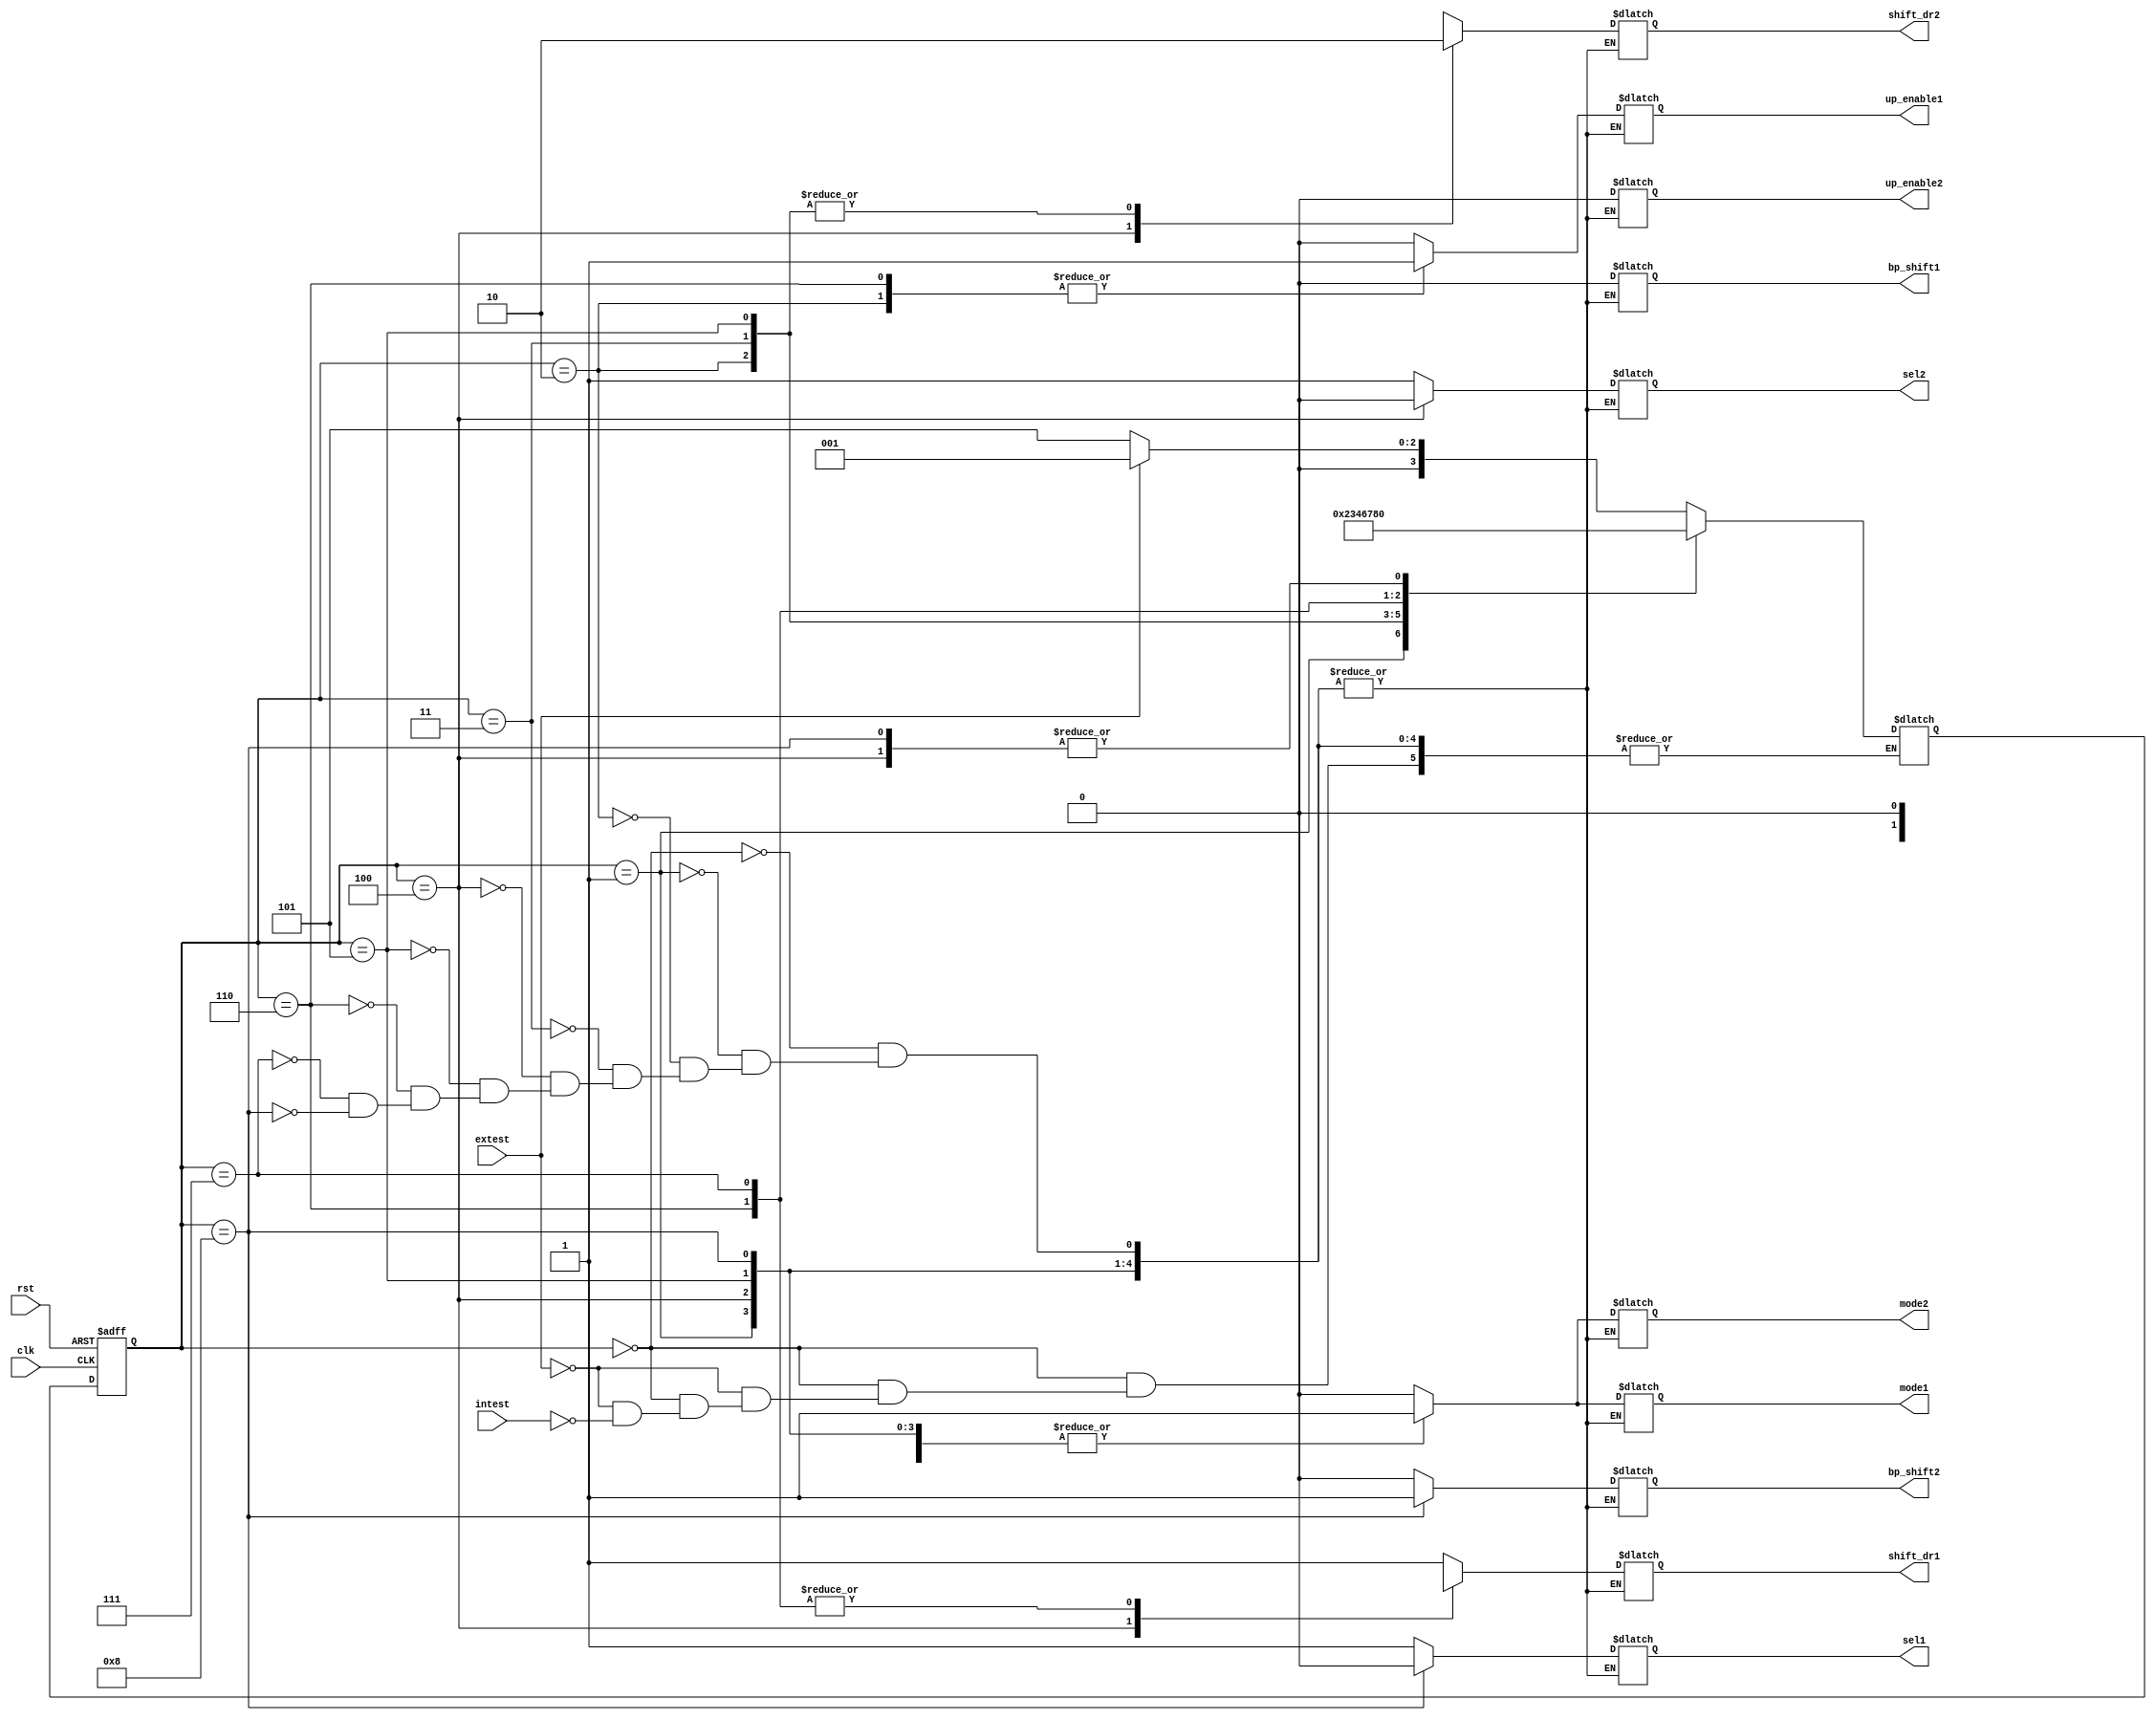
`timescale 1ns / 1ps
//////////////////////////////////////////////////////////////////////////////////
// Company: 
// Engineer: 
// 
// Design Name: 
// Module Name: fsmcontroller
// Project Name: 
// Target Devices: 
// Tool Versions: 
// Description: 
// 
// Dependencies: 
// 
// Revision:
// Revision 0.01 - File Created
// Additional Comments:
// 
//////////////////////////////////////////////////////////////////////////////////


module fsmcontroller(clk,rst,intest,extest,shift_dr1,up_enable1,mode1,sel1,bp_shift1,shift_dr2,up_enable2,mode2,sel2,bp_shift2);
input clk,rst,intest,extest;
output reg shift_dr1,up_enable1,mode1,sel1,bp_shift1,shift_dr2,up_enable2,mode2,sel2,bp_shift2;
parameter idle=4'b0000,eshift1=4'b0001,eupdate=4'b0010,ecapture=4'b0011,eshift2=4'b0100,ishift1=4'b0101,iupdate=4'b0110,icapture=4'b0111,ishift2=4'b1000;
reg [3:0] state,next_state;
reg [2:0] ecount1=0,ecount2=0,icount1=0,icount2=0;
always @(*)
case(state)
idle:begin shift_dr1=1'bx; up_enable1=0; mode1=0; sel1=1;shift_dr2=1'bx;up_enable2=0;mode2=0;sel2=1;bp_shift1=0;bp_shift2=0;
if(extest)
next_state=eshift1;
else if(intest)
next_state=ishift1;
end

eshift1:begin if(ecount1!=0)begin
shift_dr1=1; up_enable1=0; mode1=1; sel1=1;shift_dr2=1'bx;up_enable2=0;mode2=1;sel2=1;bp_shift1=0;bp_shift2=0;
end
  if(ecount1==3'd7)begin
ecount1=0;
next_state=eupdate;
end
end

eupdate: begin shift_dr1=1'bx; up_enable1=1; mode1=1; sel1=1;shift_dr2=0;up_enable2=0;mode2=1;sel2=1;bp_shift1=0;bp_shift2=0;
next_state=ecapture;
end

ecapture:begin shift_dr1=1'bx; up_enable1=0; mode1=1; sel1=1;shift_dr2=0;up_enable2=0;mode2=1;sel2=1;bp_shift1=0;bp_shift2=0;
next_state=eshift2;
end

eshift2:begin if(ecount2!=0)begin
shift_dr1=1'bx; up_enable1=0; mode1=1; sel1=1;shift_dr2=1;up_enable2=0;mode2=1;sel2=0;bp_shift1=0;bp_shift2=0;
end
  if(ecount2==3'd6)begin
ecount2=0;
next_state=idle;
end
end

ishift1:begin if(icount1!=0)begin
shift_dr1=1; up_enable1=0; mode1=1; sel1=1;shift_dr2=0;up_enable2=0;mode2=1;sel2=1;bp_shift1=0;bp_shift2=0;
end
  if(icount1==3'd3)begin
icount1=0;
next_state=iupdate;
end
end

iupdate:begin
shift_dr1=0; up_enable1=1; mode1=1; sel1=1;shift_dr2=1'bx;up_enable2=0;mode2=1;sel2=1;bp_shift1=0;bp_shift2=0;
next_state=icapture;
end

icapture:begin
shift_dr1=0; up_enable1=0; mode1=1; sel1=1;shift_dr2=1'bx;up_enable2=0;mode2=1;sel2=1;bp_shift1=0;bp_shift2=0;
next_state=ishift2;
end

ishift2: begin if(icount2!=0)begin
shift_dr1=1; up_enable1=0; mode1=1; sel1=0;shift_dr2=1'bx;up_enable2=0;mode2=1;sel2=1;bp_shift1=0;bp_shift2=1;
end
  if(icount2==3'd5)begin
icount2=0;
next_state=idle;
end
end

endcase


always@(posedge clk,negedge rst)begin
if(!rst)
state=idle;
else begin
state=next_state;
if(state==eshift1)
ecount1=ecount1+1;
if(state==eshift2)
ecount2=ecount2+1;
if(state==ishift1)
icount1=icount1+1;
if(state==ishift2)
icount2=icount2+1;
end
end







  
endmodule